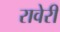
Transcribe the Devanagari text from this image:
रावेरी